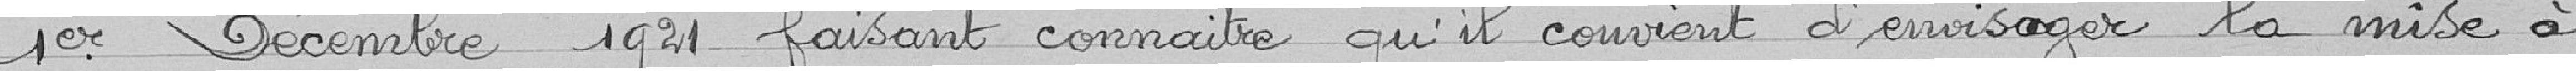
1er décembre 1921 faisant connaître qu'il convient d'envisager la mise à